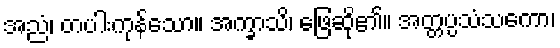
အညံ၊ တပါးကုန်သော။ အက္ခာသိ၊ ဖြေဆို၏။ အတ္တပ္ပသံသကော၊